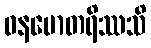
ဝနမောတရိဿသိ